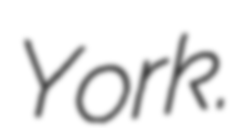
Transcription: York.